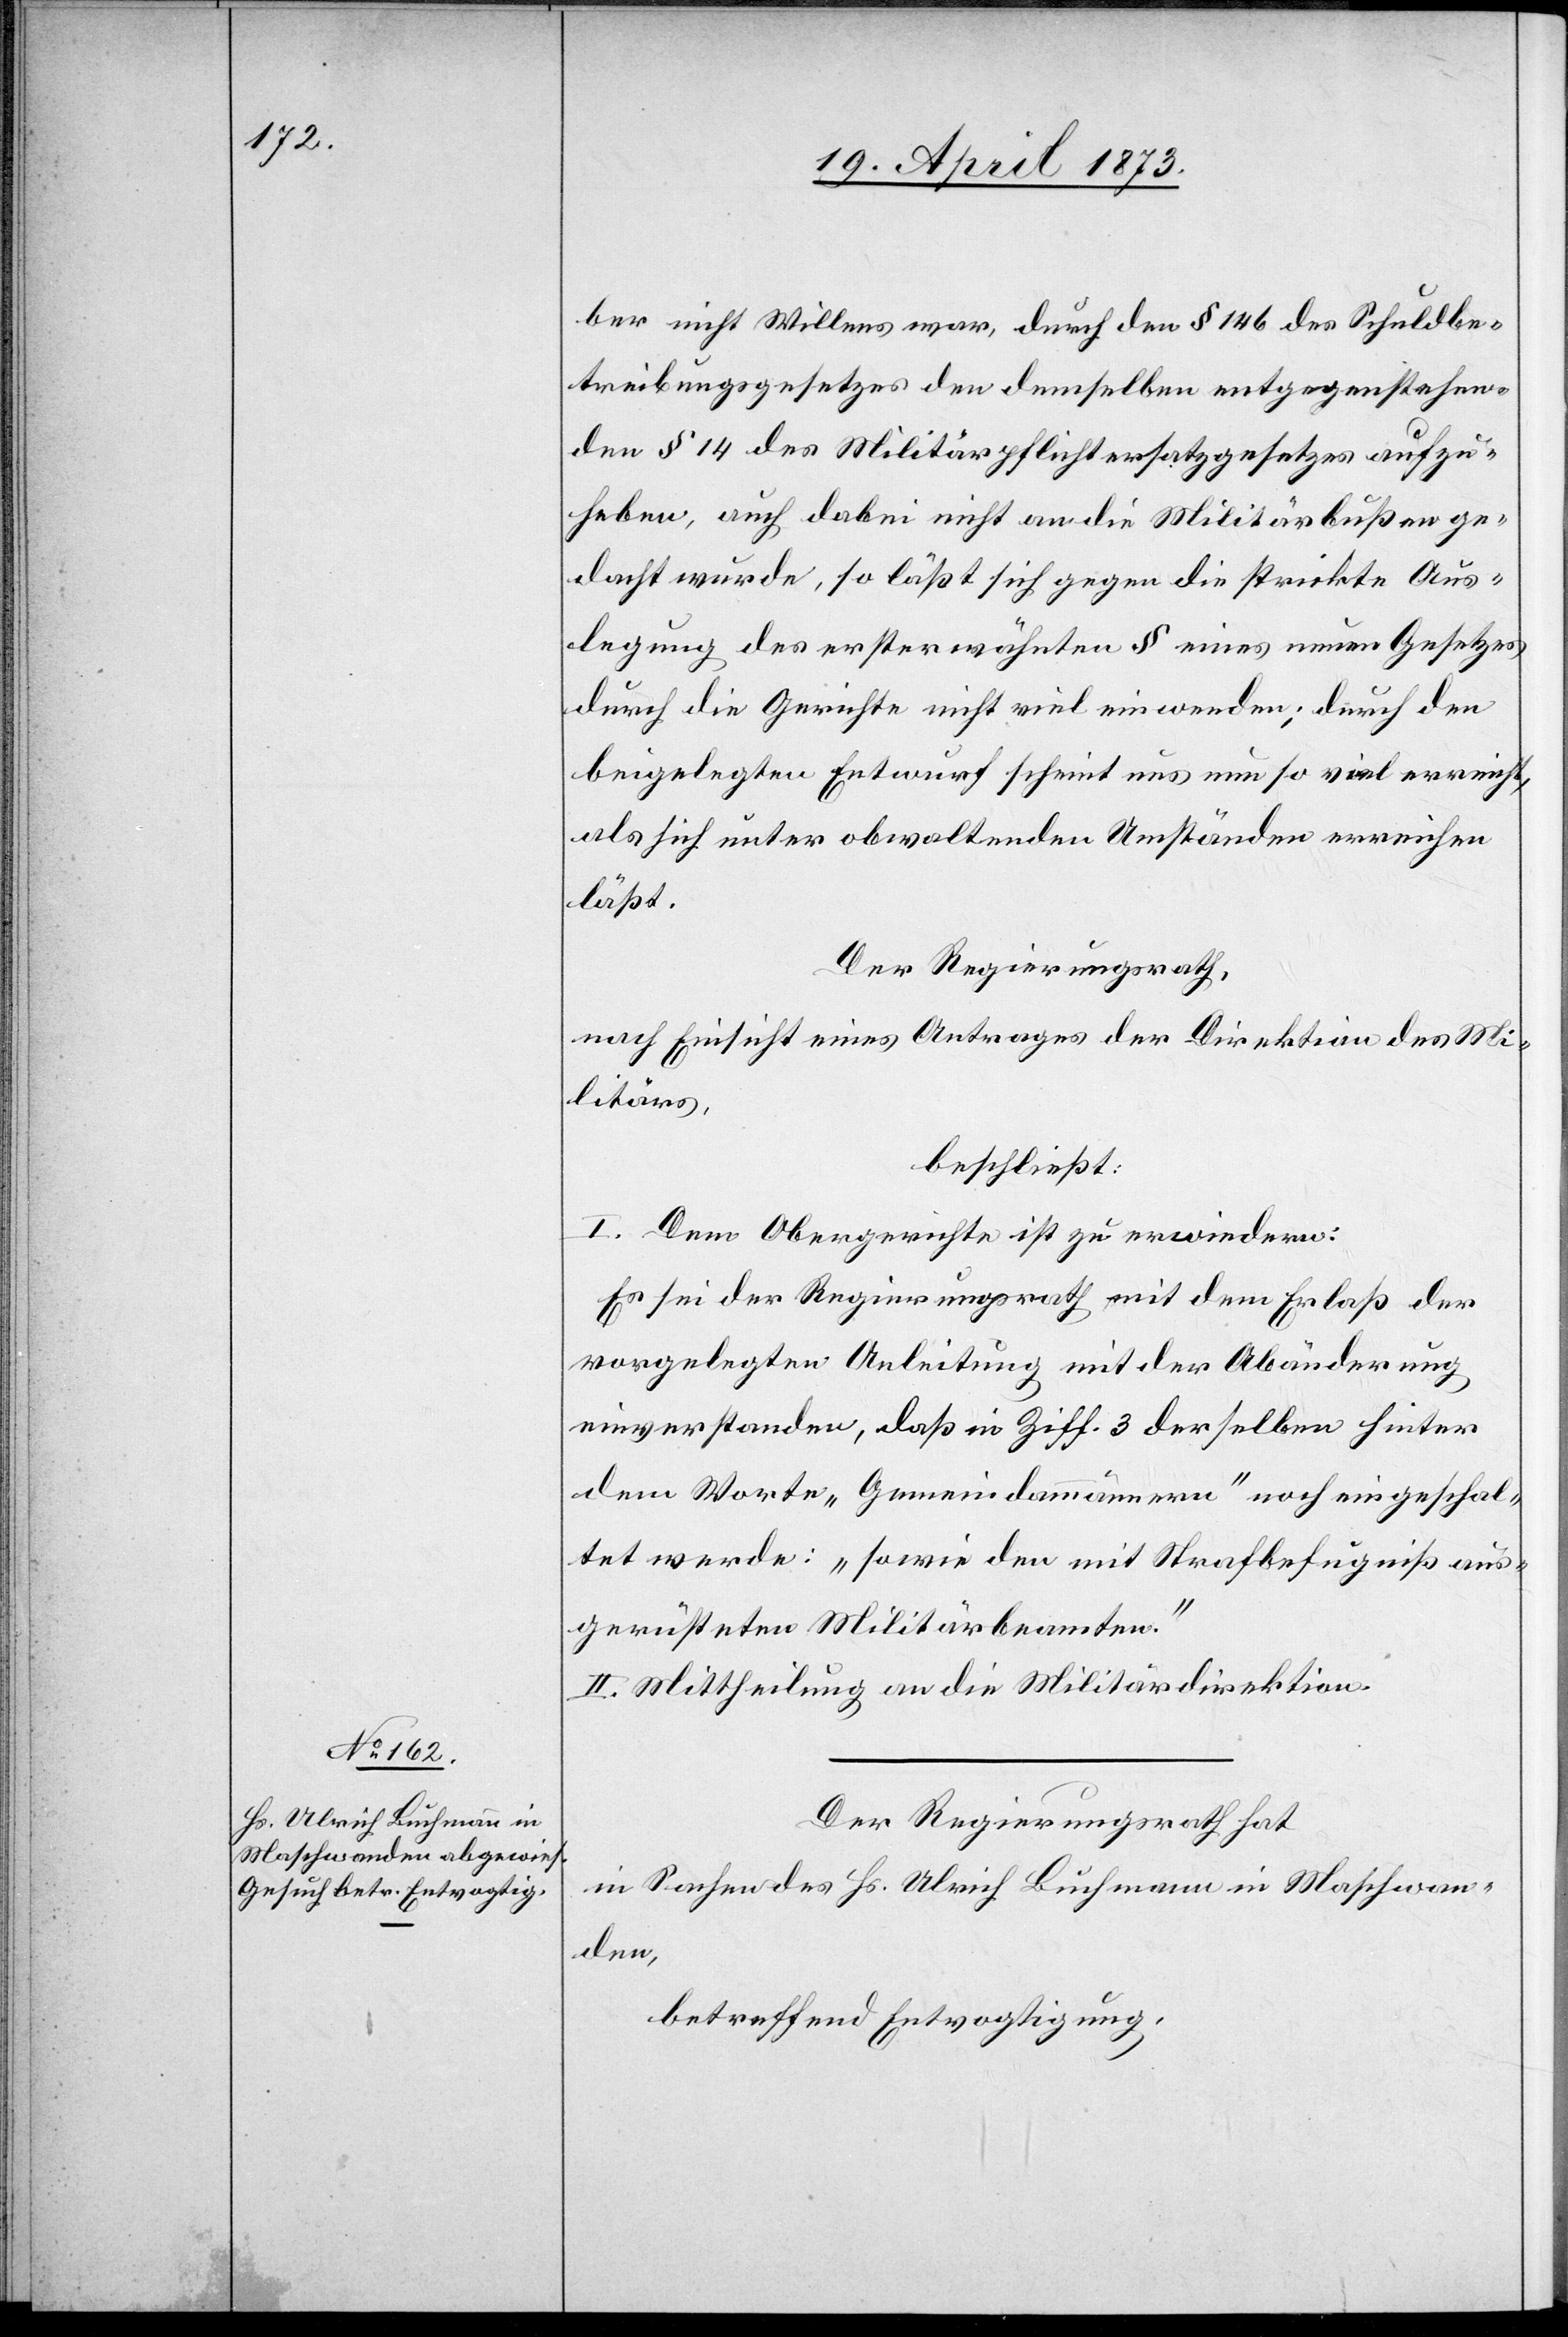
ber nicht Willens war, durch den § 146 des Schuldbe¬
treibungsgesetzes den demselben entgegenstehen¬
den § 14 des Militärpflichtersatzgesetzes aufzu¬
heben, auch dabei nicht an die Militärbußen ge¬
dacht wurde, so läßt sich gegen die strickte Aus¬
legung des ersterwähnten § eines neuen Gesetzes
durch die Gerichte nicht viel einwenden; durch den
beigelegten Entwurf scheint uns nun so viel erreicht,
als sich unter obwaltenden Umständen erreichen
läßt.
Der Regierungsrath,
nach Einsicht eines Antrages der Direktion des Mi¬
litärs,
beschließt:
I. Dem Obergerichte ist zu erwiedern:
Es sei der Regierungsrath mit dem Erlaß der
vorgelegten Anleitung mit der Abänderung
einverstanden, daß in Ziff. 3 derselben hinter
dem Worte „Gemeindammännern“ noch eingeschal¬
tet werde: „sowie den mit Strafbefügniß aus¬
gerüsteten Militärbeamten.“
II. Mittheilung an die Militärdirektion.
Der Regierungsrath hat
in Sachen des Hs. Ulrich Buchmann in Maschwan¬
den,
betreffend Entvogtigung,